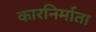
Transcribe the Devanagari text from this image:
कारनिर्माता